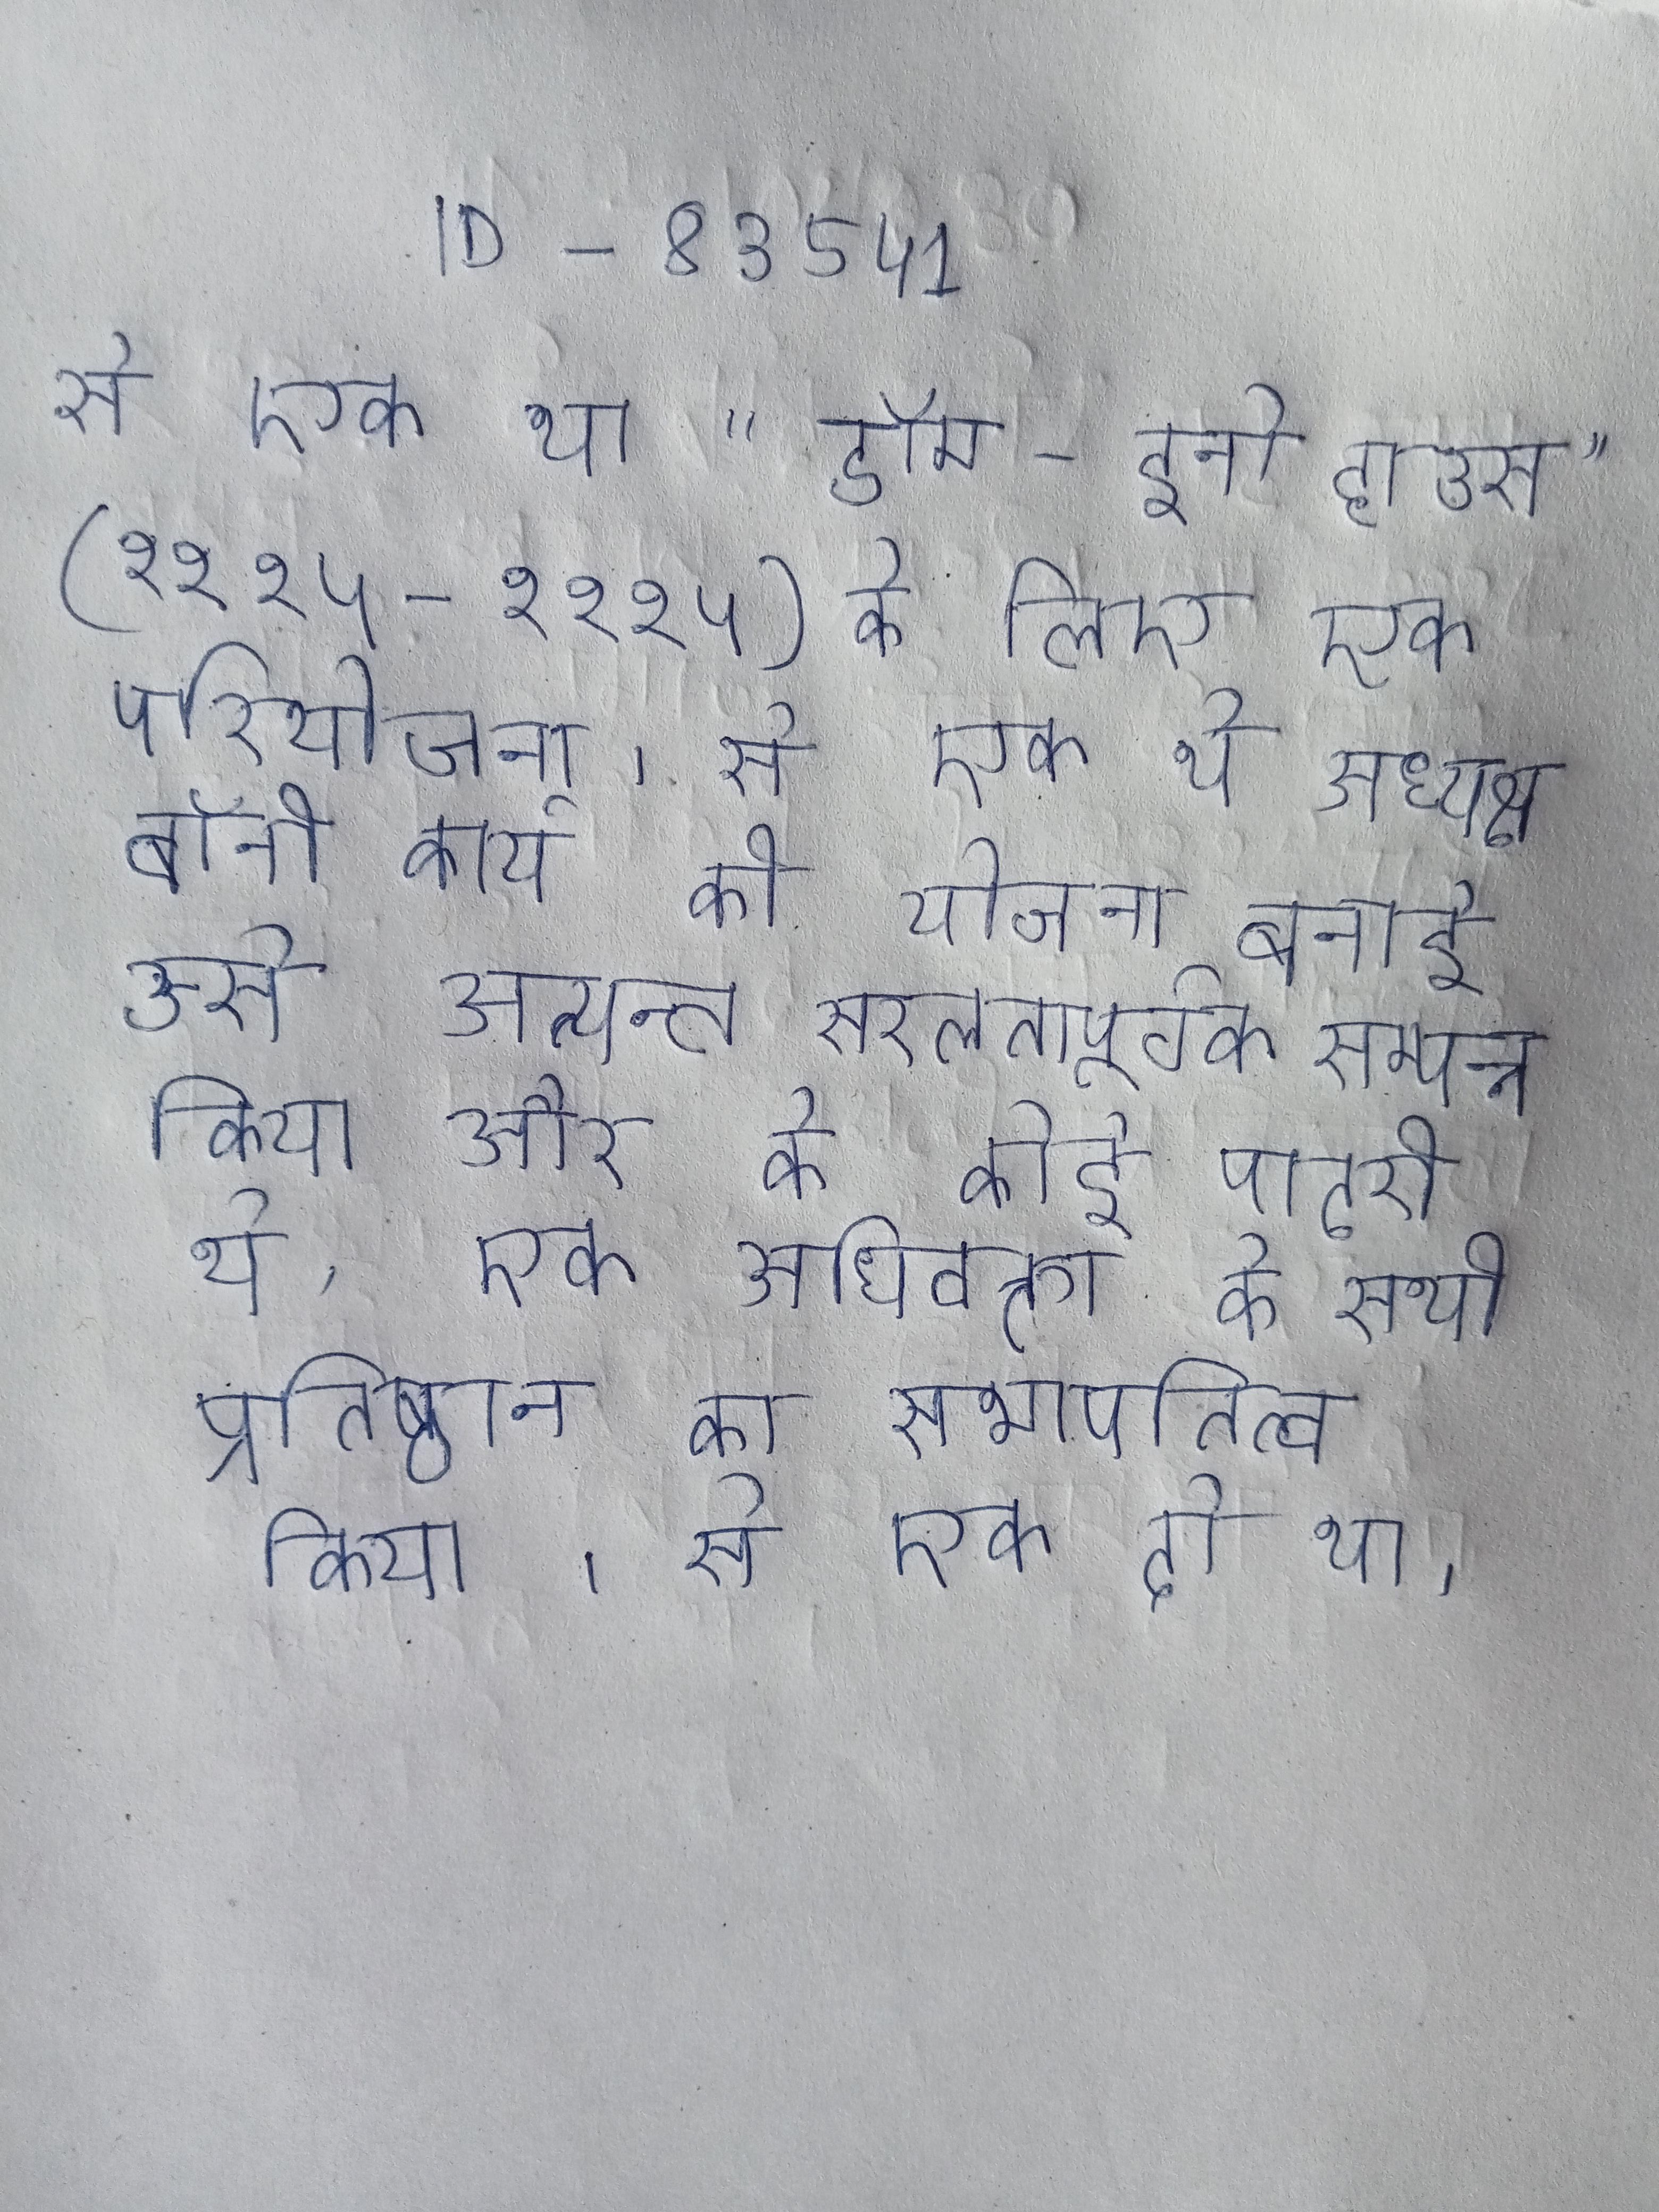
से एक था "डॉम-इनो हाउस" (१९१५-१९१५) के लिए एक परियोजना । से एक थे अध्यक्ष बॉनी कार्य की योजना बनाई उसे अत्यन्त सरलतापूर्वक सम्पन्न किया और वे कोई पादरी थे, एक अधिवक्ता के सभी प्रतिष्ठान का सभापतित्व किया । से एक दो था ।